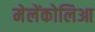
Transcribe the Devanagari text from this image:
मेलेंकोलिआ